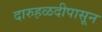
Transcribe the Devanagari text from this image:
दारुहळदीपासून